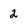
Character: 2